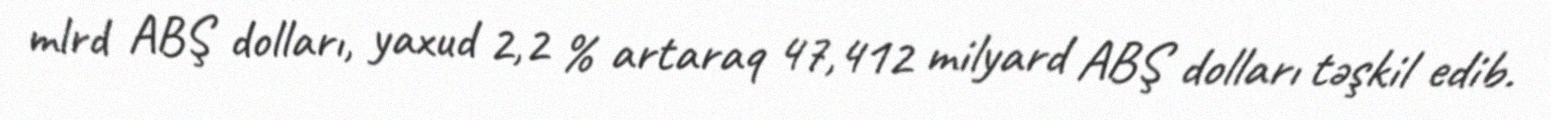
mlrd ABŞ dolları, yaxud 2,2 % artaraq 47,412 milyard ABŞ dolları təşkil edib.